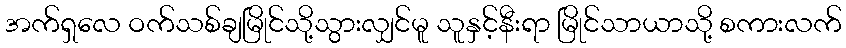
အက်ရှလေ ဝက်သစ်ချမြိုင်သို့သွားလျှင်မူ သူနှင့်နီးရာ မြိုင်သာယာသို့ စကားလက်